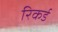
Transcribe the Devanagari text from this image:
रिकर्ड